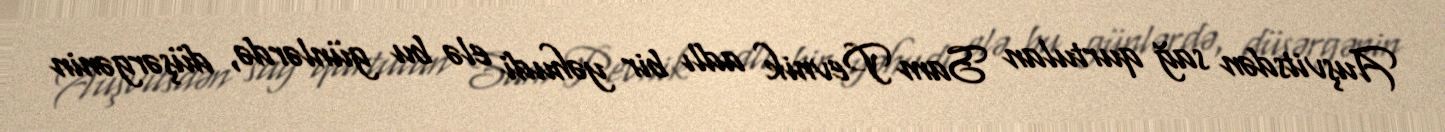
Auşvitsdən sağ qurtulan Sam Pevnik adlı bir yəhudi elə bu günlərdə, düşərgənin